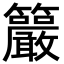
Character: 䉷